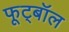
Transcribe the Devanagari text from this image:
फूट्बॉल